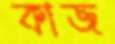
কাজ